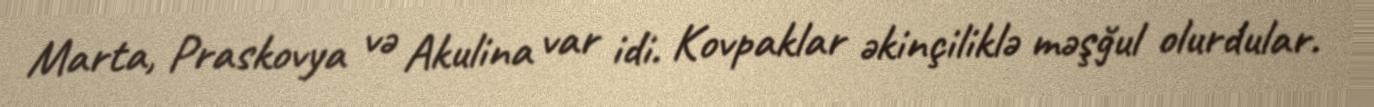
Marta, Praskovya və Akulina var idi. Kovpaklar əkinçiliklə məşğul olurdular.